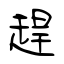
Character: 趕